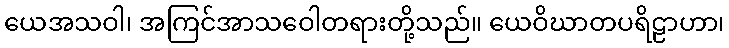
ယေအသဝါ၊ အကြင်အာသဝေါတရားတို့သည်။ ယေဝိဃာတပရိဠာဟာ၊